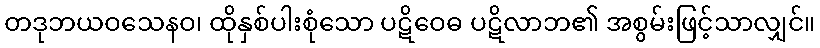
တဒုဘယဝသေနဝ၊ ထိုနှစ်ပါးစုံသော ပဋိဝေဓ ပဋိလာဘ၏ အစွမ်းဖြင့်သာလျှင်။